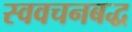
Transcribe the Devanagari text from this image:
स्ववचनबद्ध